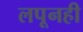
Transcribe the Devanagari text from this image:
लपूनही